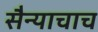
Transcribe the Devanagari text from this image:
सैन्याचाच